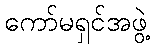
ကော်မရှင်အဖွဲ့